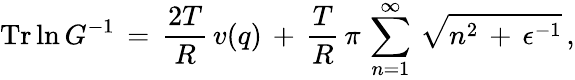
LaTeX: \mathrm{Tr}\ln G^{-1}\, =\, \frac{2T}{R}\, v(q)\, +\, \frac{T}{R}\, \pi\, \sum_{n=1}^{\infty}\, \sqrt{n^{2}\, +\, \epsilon^{-1}}\, {,}